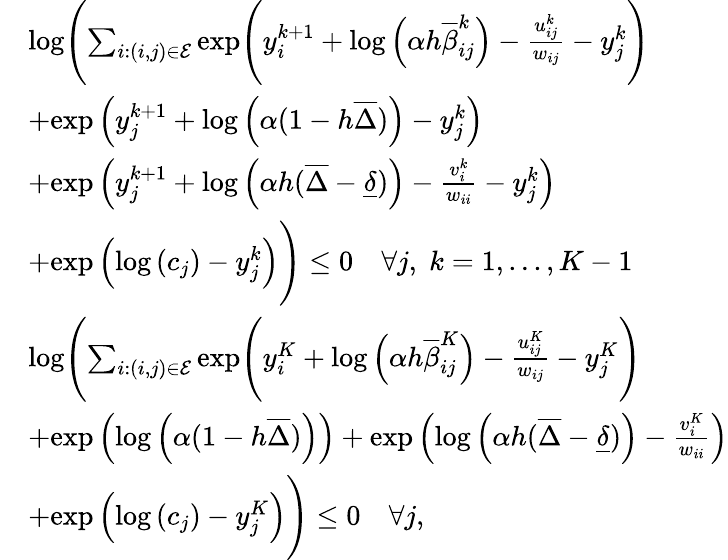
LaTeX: \begin{array}{rl}&{\mathrm{log}\Biggl(\sum_{i:(i,j)\in\mathcal E}\mathrm{exp}\Biggl(y_{i}^{k+1}+\mathrm{log}\left(\alpha h\overline{{\beta}}_{ij}^{k}\right)-\frac{u_{ij}^{k}}{w_{ij}}-y_{j}^{k}\Biggr)}\\ &{+\mathrm{exp}\left(y_{j}^{k+1}+\mathrm{log}\left(\alpha(1-h\overline{{\Delta}})\right)-y_{j}^{k}\right)}\\ &{+\mathrm{exp}\left(y_{j}^{k+1}+\mathrm{log}\left(\alpha h(\overline{{\Delta}}-\underline{{\delta}})\right)-\frac{v_{i}^{k}}{w_{ii}}-y_{j}^{k}\right)}\\ &{+\mathrm{exp}\left(\mathrm{log}\left(c_{j}\right)-y_{j}^{k}\right)\Biggr)\leq 0\quad\forall j,\; k=1,...,K-1}\\ &{\mathrm{log}\Biggl(\sum_{i:(i,j)\in\mathcal E}\mathrm{exp}\Biggl(y_{i}^{K}+\mathrm{log}\left(\alpha h\overline{{\beta}}_{ij}^{K}\right)-\frac{u_{ij}^{K}}{w_{ij}}-y_{j}^{K}\Biggr)}\\ &{+\mathrm{exp}\left(\mathrm{log}\left(\alpha(1-h\overline{{\Delta}})\right)\right)+\mathrm{exp}\left(\mathrm{log}\left(\alpha h(\overline{{\Delta}}-\underline{{\delta}})\right)-\frac{v_{i}^{K}}{w_{ii}}\right)}\\ &{+\mathrm{exp}\left(\mathrm{log}\left(c_{j}\right)-y_{j}^{K}\right)\Biggr)\leq 0\quad\forall j,}\end{array}